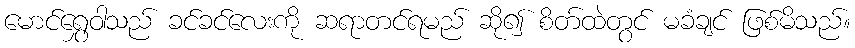
မောင်ရွှေဝါသည် ခင်ခင်လေးကို ဆရာတင်ရမည် ဆို၍ စိတ်ထဲတွင် မခံချင် ဖြစ်မိသည်။